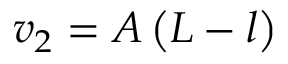
v _ { 2 } = A \left( L - l \right)